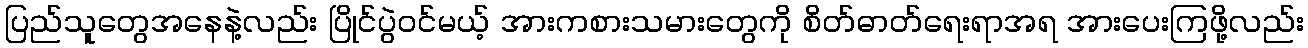
ပြည်သူတွေအနေနဲ့လည်း ပြိုင်ပွဲဝင်မယ့် အားကစားသမားတွေကို စိတ်ဓာတ်ရေးရာအရ အားပေးကြဖို့လည်း